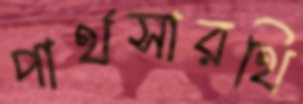
পার্থসারথি